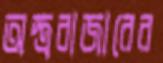
অস্ত্রবাজারের